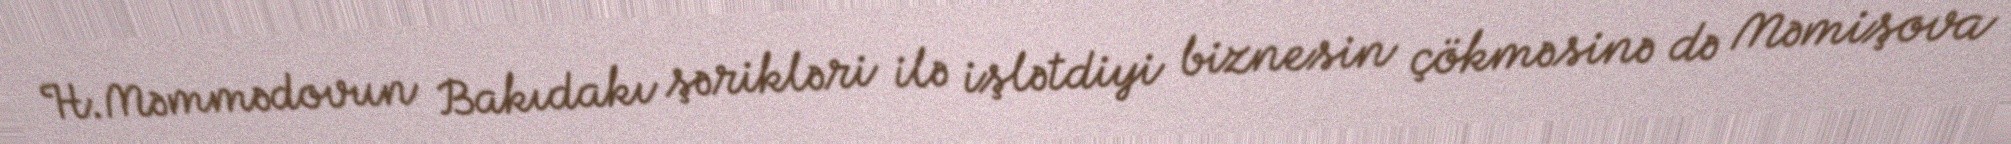
H.Məmmədovun Bakıdakı şərikləri ilə işlətdiyi biznesin çökməsinə də Məmişova